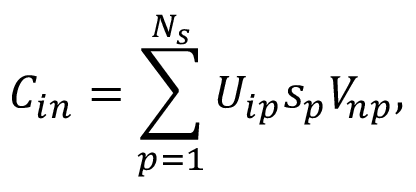
C _ { i n } = \sum _ { p = 1 } ^ { N _ { s } } { U _ { i p } s _ { p } V _ { n p } } ,